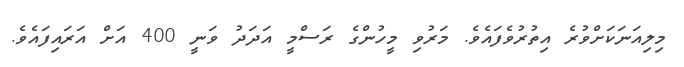
މިލިއަނަކަށްވުރެ އިތުރުވެފައެވެ. މަރުވި މީހުންގެ ރަސްމީ އަދަދު ވަނީ 400 އަށް އަރައިފައެވެ.